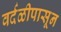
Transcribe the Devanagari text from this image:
वर्दळीपासून